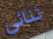
ثنائي